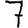
Digit: 7